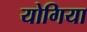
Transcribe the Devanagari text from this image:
योगिया